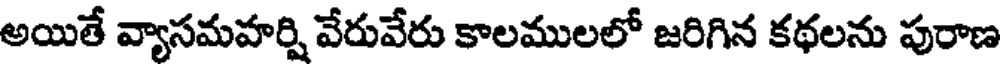
అయితే వ్యాసమహర్షి వేరువేరు కాలములలో జరిగిన కథలను పురాణ